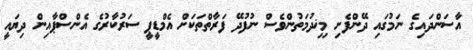
އާސަންދައިގެ ނަމުގައި ދޭންފެށި މިޚިދުމަތުންވެސް ނުފުދޭ ފަރާތްތަކަށް އެމްޑީޕީ ސަރުކާރުގެ އެންސްޕާއިން ދިޔައީ